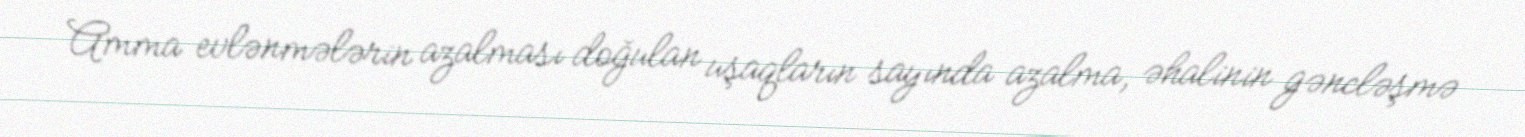
Amma evlənmələrin azalması doğulan uşaqların sayında azalma, əhalinin gəncləşmə